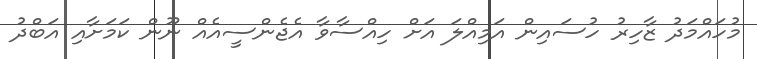
މުހައްމަދު ޒާހިރު ހުސައިން އަމިއްލަ އަށް ހިއްސާވާ އެޖެންސީއެއް ނޫން ކަމަށާއި އަބްދު